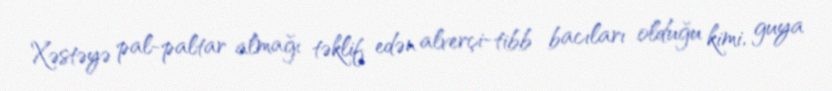
Xəstəyə pal-paltar almağı təklif edən alverçi-tibb bacıları olduğu kimi, guya